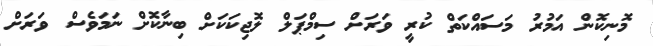
މޮނިކޮން އަމުރު މަސައްކަތް ކުރީ ވަރަށް ސިމްޕަލް ލޮޖިކަކަށް ބިނާކޮށް ނަމަވެސް ވަރަށް